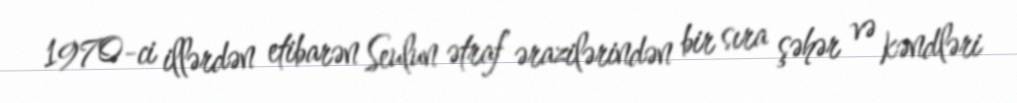
1970-ci illərdən etibarən Seulun ətraf ərazilərindən bir sıra şəhər və kəndləri